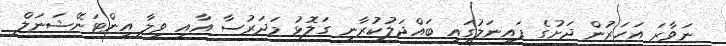
ނަވާރަ އަހަރުން ދަށުގެ ފައިނަލުގައި ބައްދަލުކުރާނީ ގަލޮޅު މަދަރުސާ އާއި ވިލާ އިންޓަނޭޝަނަލް